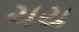
ચય